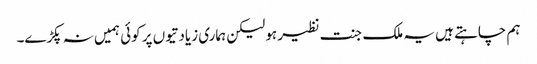
ہم چاہتے ہیں یہ ملک جنت نظیر ہو لیکن ہماری زیادتیوں پر کوئی ہمیں نہ پکڑے۔